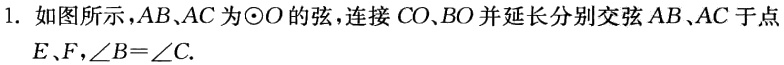
1. 如图所示，\(AB、AC\)为\(\odot O\)的弦，连接\(CO、BO\)并延长分别交弦\(AB、AC\)于点\(E、F\)，\(\angle B = \angle C\).